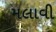
મલાવી